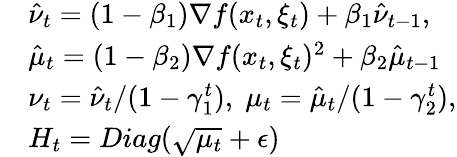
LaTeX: \begin{array}{rl}&{\hat{\nu}_{t}=(1-\beta_{1})\nabla f(x_{t},\xi_{t})+\beta_{1}\hat{\nu}_{t-1},}\\ &{\hat{\mu}_{t}=(1-\beta_{2})\nabla f(x_{t},\xi_{t})^{2}+\beta_{2}\hat{\mu}_{t-1}}\\ &{\nu_{t}=\hat{\nu}_{t}/(1-\gamma_{1}^{t}),\; \mu_{t}=\hat{\mu}_{t}/(1-\gamma_{2}^{t}),}\\ &{H_{t}=Diag(\sqrt{\mu_{t}}+\epsilon)}\end{array}